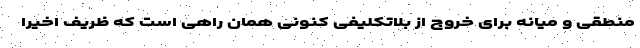
منطقی و میانه برای خروج از بلاتکلیفی کنونی همان راهی است که ظریف اخیرا